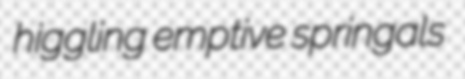
higgling emptive springals